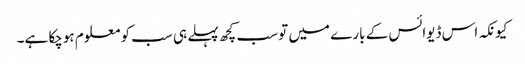
کیونکہ اس ڈیوائس کے بارے میں تو سب کچھ پہلے ہی سب کو معلوم ہوچکا ہے۔